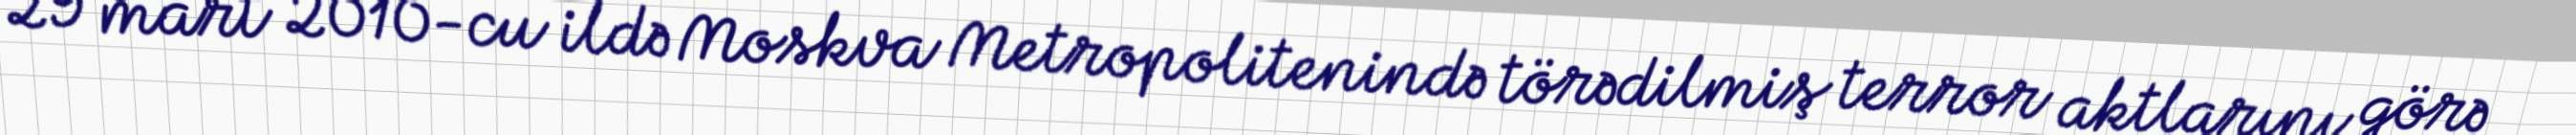
29 mart 2010-cu ildə Moskva Metropolitenində törədilmiş terror aktlarını görə